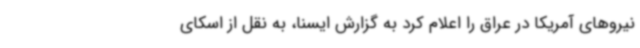
نیروهای آمریکا در عراق را اعلام کرد به گزارش ایسنا، به نقل از اسکای